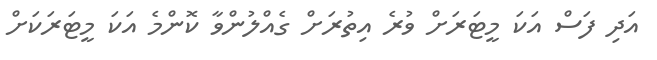
އަދި ފަސް އަކަ މީޓަރަށް ވުރެ އިތުރަށް ގެއްލުންވާ ކޮންމެ އަކަ މީޓަރަކަށް